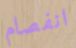
انفصام